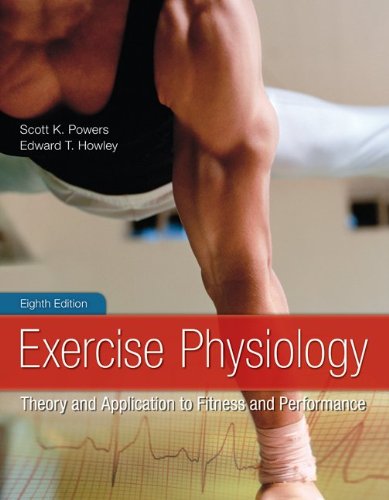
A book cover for Exercise Physiology: Theory and Application to Fitness and Performance; Scott Powers; Medical Books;